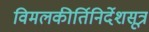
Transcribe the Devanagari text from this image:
विमलकीर्तिनिर्देशसूत्र